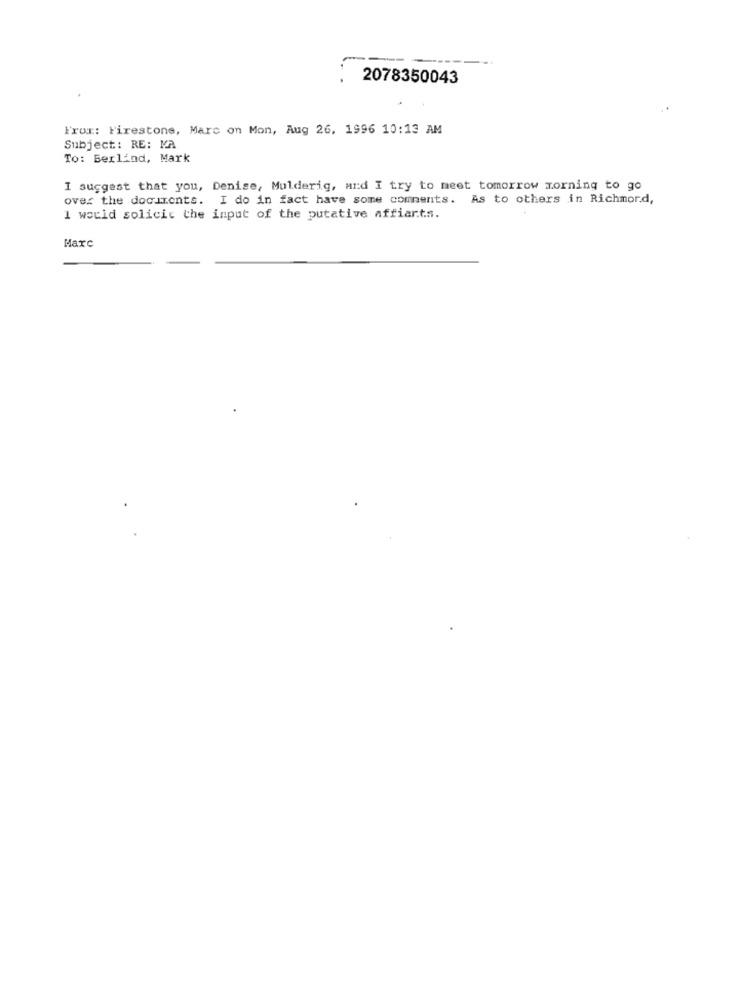
2078350043
From: Firestone, Marc on Mon, Aug 26, 1996 10:13 AM
Subject: RE: MA
To: Berlind, Mark
I suggest that you, Denise, Mulderig, and I try to meet tomorrow morning to go
over the documents. I do in fact have some comments. As to others in Richmord,
I would solicit the input of the putative affiarts.
Marc